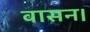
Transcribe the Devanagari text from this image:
वासन।